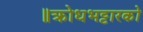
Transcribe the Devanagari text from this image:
॥क्रोधभट्टारको